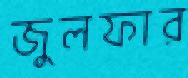
জুলফার